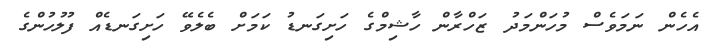
އެހެން ނަމަވެސް މުހަންމަދު ޒަހްރާން ހާޝިމްގެ ހަށިގަނޑު ކަމަށް ބެލެވޭ ހަށިގަނޑެއް ފުލުހުންގެ